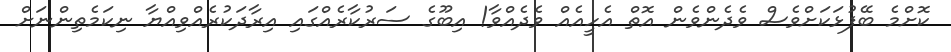
ކޮށްމެ ބޭފުޅަކަށްވެސް ވެދެންވެން އޮތް އެހީއެއް ވެދެއްވާ! އިބޫގެ ސަރުކާރެއްގައި އިރާދަކުރެއްވިއްޔާ ނިކަމެތިންނަށް